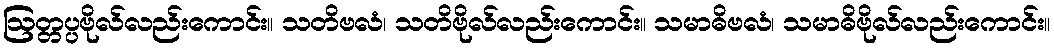
ဩတ္တပ္ပဗိုလ်လည်းကောင်း။ သတိဗလံ၊ သတိဗိုလ်လည်းကောင်း။ သမာဓိဗလံ၊ သမာဓိဗိုလ်လည်းကောင်း။